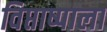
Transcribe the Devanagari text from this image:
विप्ताष्पाला